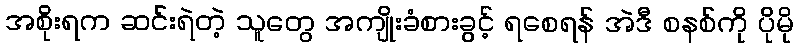
အစိုးရက ဆင်းရဲတဲ့ သူတွေ အကျိုးခံစားခွင့် ရစေရန် အဲဒီ စနစ်ကို ပိုမို